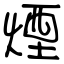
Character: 煙